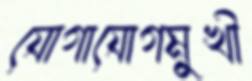
যোগাযোগমুখী